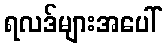
ရလဒ်များအပေါ်